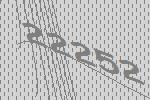
22252